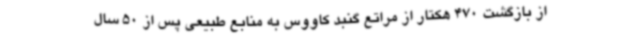
از بازگشت 470 هکتار از مراتع گنبد کاووس به منابع طبیعی پس از 50 سال